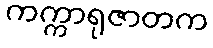
ကက္ကာရုဇာတက